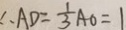
\therefore A D = \frac { 1 } { 3 } A O = 1